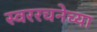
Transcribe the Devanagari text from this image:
स्वररचनेच्या